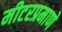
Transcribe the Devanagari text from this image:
मीटरप्रमाणे